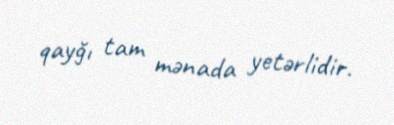
qayğı tam mənada yetərlidir.